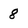
Character: 8